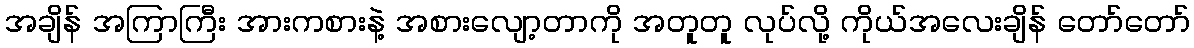
အချိန် အကြာကြီး အားကစားနဲ့ အစားလျော့တာကို အတူတူ လုပ်လို့ ကိုယ်အလေးချိန် တော်တော်